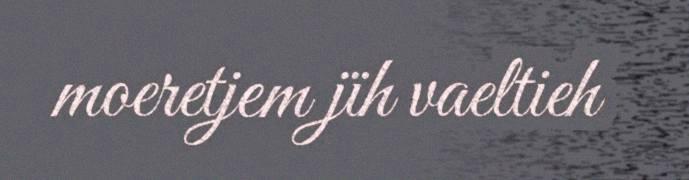
moeretjem jïh vaeltieh